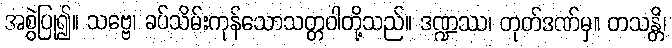
အစွဲပြု၍။ သဗ္ဗေ၊ ခပ်သိမ်းကုန်သောသတ္တဝါတို့သည်။ ဒဏ္ဍဿ၊ တုတ်ဒဏ်မှ။ တသန္တိ၊